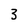
Character: 3